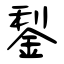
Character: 鋫